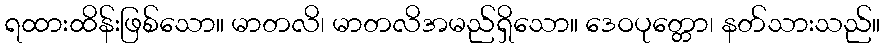
ရထားထိန်းဖြစ်သော။ မာတလိ၊ မာတလိအမည်ရှိသော။ ဒေဝပုတ္တော၊ နတ်သားသည်။